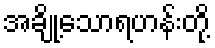
အချို့သောရဟန်းတို့